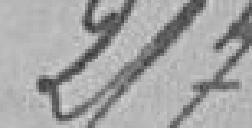
217